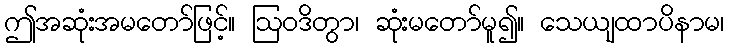
ဤအဆုံးအမတော်ဖြင့်။ ဩဝဒိတွာ၊ ဆုံးမတော်မူ၍။ သေယျထာပိနာမ၊